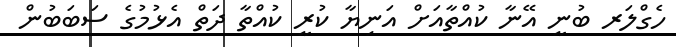
ހެގްލަރ ބުނީ އޭނާ ކުއްތާއަށް އަނިޔާ ކުރީ ކުއްތާ ދަތް އެޅުމުގެ ސަބަބުން